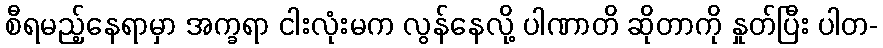
စီရမည့်နေရာမှာ အက္ခရာ ငါးလုံးမက လွန်နေလို့ ပါဏာတိ ဆိုတာကို နှုတ်ပြီး ပါတ-